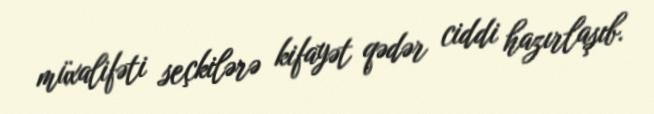
müxalifəti seçkilərə kifayət qədər ciddi hazırlaşıb.